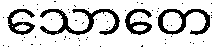
သောတေ